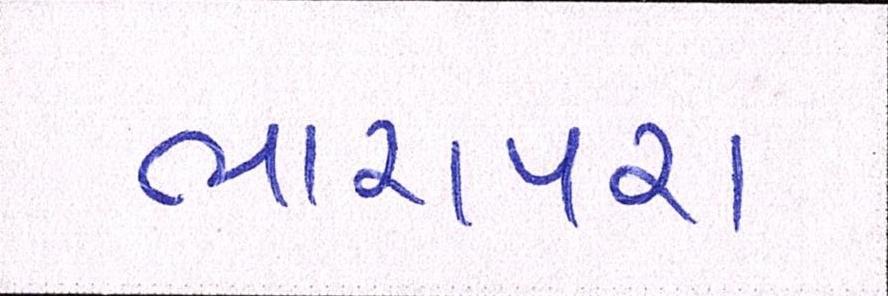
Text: ભારાપરા